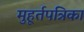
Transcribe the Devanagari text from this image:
मुहूर्तपत्रिका